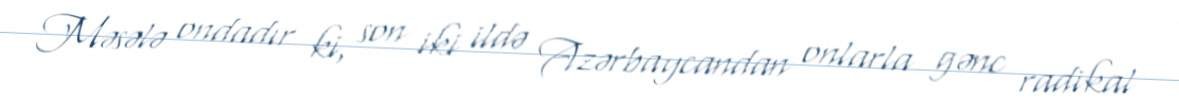
Məsələ ondadır ki, son iki ildə Azərbaycandan onlarla gənc radikal